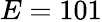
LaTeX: E=101